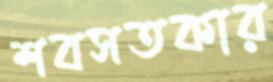
শবসতকার